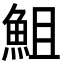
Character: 䱉